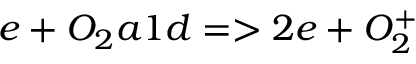
e + O _ { 2 } a 1 d = > 2 e + O _ { 2 } ^ { + }